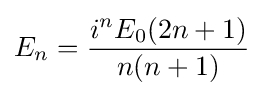
E_{n}={\frac {i^{n}E_{0}(2n+1)}{n(n+1)}}